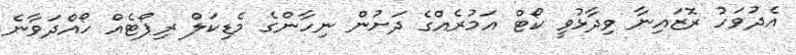
އެދުވަހު ރޮޒައިނާ ވިދާޅުވީ ކޯޓް އަމުރެއްގެ ދަށުން ނިހާންގެ މެޑިކަލް ރިޕޯޓެއް ހޯއްދަވާނެ